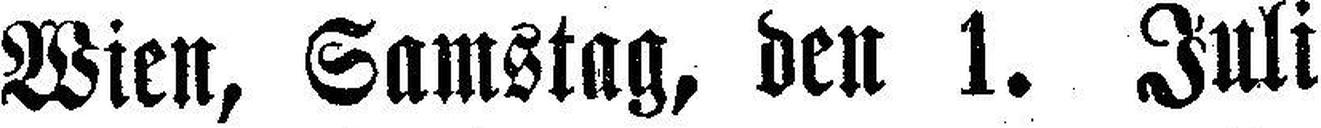
Wien, Samstag, den 1. Juli